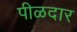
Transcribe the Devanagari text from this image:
पीळदार